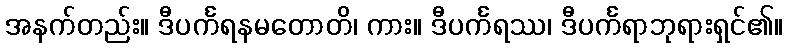
အနက်တည်း။ ဒီပင်္ကရနမတောတိ၊ ကား။ ဒီပင်္ကရဿ၊ ဒီပင်္ကရာဘုရားရှင်၏။